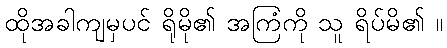
ထိုအခါကျမှပင် ရိုမို၏ အကြံကို သူ ရိပ်မိ၏ ။